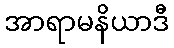
အာရာမနိယာဒီ